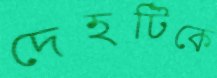
দেহটিকে